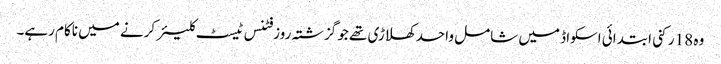
وہ 18 رکنی ابتدائی اسکواڈ میں شامل واحد کھلاڑی تھے جو گزشتہ روز فٹنس ٹیسٹ کلیئر کرنے میں ناکام رہے۔